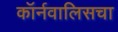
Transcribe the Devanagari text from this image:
कॉर्नवालिसचा